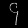
Digit: ၄